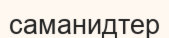
саманидтер